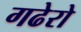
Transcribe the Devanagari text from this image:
गढेरो